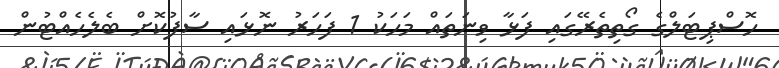
ހޮސްޕިޓަލްގެ ގޯތިތެރޭގައި ފަޅާ ވިނަތައް މަހަކު 1 ފަހަރު ނޮޅައި ސާފުކޮށް ބެލެހެއްޓުން